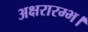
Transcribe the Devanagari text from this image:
अक्षरारम्भ।